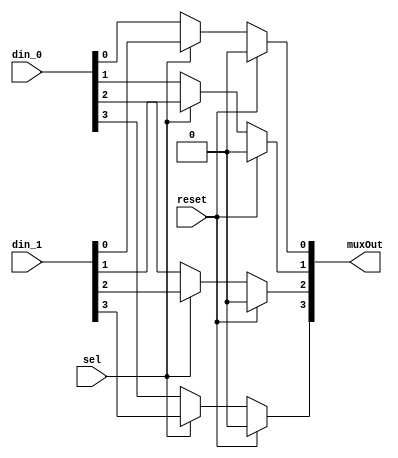
/* Generated by Yosys 0.7 (git sha1 61f6811, i686-w64-mingw32.static-gcc 4.9.3 -Os) */

(* top =  1  *)
(* src = "Mux.v:2" *)
module mux(sel, reset, din_0, din_1, muxOut);
  (* src = "Mux.v:10" *)
  wire [3:0] _0_;
  (* src = "Mux.v:5" *)
  input [3:0] din_0;
  (* src = "Mux.v:6" *)
  input [3:0] din_1;
  (* src = "Mux.v:7" *)
  output [3:0] muxOut;
  (* src = "Mux.v:4" *)
  input reset;
  (* src = "Mux.v:3" *)
  input sel;
  assign _0_[0] = sel ? (* src = "Mux.v:14" *) din_1[0] : din_0[0];
  assign _0_[1] = sel ? (* src = "Mux.v:14" *) din_1[1] : din_0[1];
  assign _0_[2] = sel ? (* src = "Mux.v:14" *) din_1[2] : din_0[2];
  assign _0_[3] = sel ? (* src = "Mux.v:14" *) din_1[3] : din_0[3];
  assign muxOut[0] = reset ? (* src = "Mux.v:12" *) 1'b0 : _0_[0];
  assign muxOut[1] = reset ? (* src = "Mux.v:12" *) 1'b0 : _0_[1];
  assign muxOut[2] = reset ? (* src = "Mux.v:12" *) 1'b0 : _0_[2];
  assign muxOut[3] = reset ? (* src = "Mux.v:12" *) 1'b0 : _0_[3];
endmodule